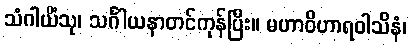
သံဂါယိံသု၊ သင်္ဂါယနာတင်ကုန်ပြီး။ မဟာဝိဟာရဝါသိနံ၊